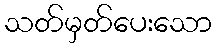
သတ်မှတ်ပေးသော